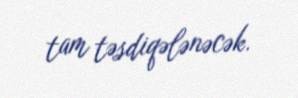
tam təsdiqələnəcək.